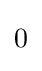
{\begin{matrix}0\end{matrix}}